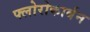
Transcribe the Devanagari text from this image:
फ्लोरोकार्बन